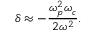
\delta \approx - \frac { \omega _ { p } ^ { 2 } \omega _ { c } } { 2 \omega ^ { 2 } } .